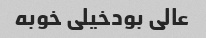
عالی بودخیلی خوبه